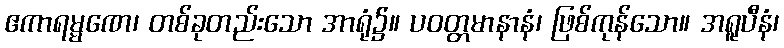
ဧကာရမ္မဏေ၊ တစ်ခုတည်းသော အာရုံ၌။ ပဝတ္တမာနာနံ၊ ဖြစ်ကုန်သော။ အရူပီနံ၊